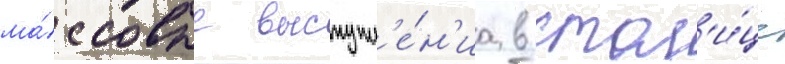
ма́ссовые выступл'е́н'иа в стол'и́це